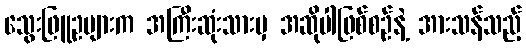
သွေးဖြူဥများက အကြီးဆုံးသားမှ အဆိုပါဖြစ်စဉ်နဲ့ အားသန်သည့်